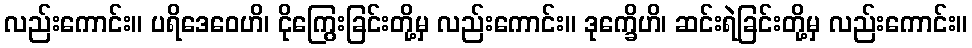
လည်းကောင်း။ ပရိဒေဝေဟိ၊ ငိုကြွေးခြင်းတို့မှ လည်းကောင်း။ ဒုက္ခေိဟိ၊ ဆင်းရဲခြင်းတို့မှ လည်းကောင်း။